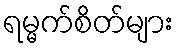
ရမ္မက်စိတ်များ